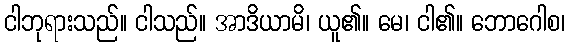
ငါဘုရားသည်။ ငါသည်။ အာဒိယာမိ၊ ယူ၏။ မေ၊ ငါ၏။ ဘောဂေါစ၊